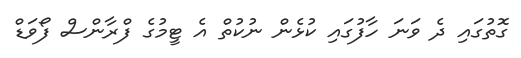
ގޮތުގައި ދެ ވަނަ ހާފުގައި ކުޅެން ނުކުތް އެ ޓީމުގެ ފްރާންސް ފޯވަޑް